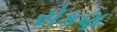
રોકણ